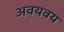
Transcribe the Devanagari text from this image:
अवयवय